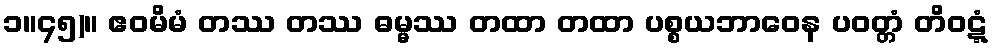
၁။၄၅)။ ဧဝမိမံ တဿ တဿ ဓမ္မဿ တထာ တထာ ပစ္စယဘာဝေန ပဝတ္တံ တိဝဋ္ဋံ